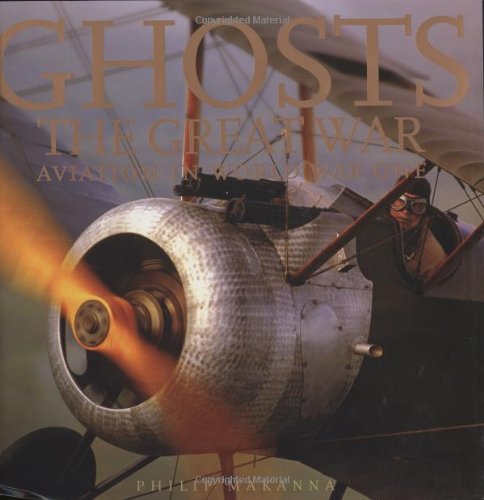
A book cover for Ghosts of the Great War: Aviation in WWI (Ghosts Aviation Classics); Philip Makanna; Arts & Photography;